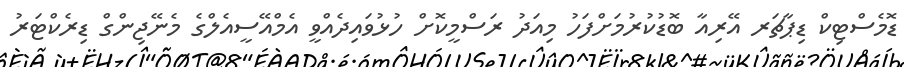
ޑޮމެސްޓިކް ޑިޕާޗަރ އޭރިއާ ބޮޑުކުރުމަށްފަހު މިއަދު ރަސްމީކޮށް ހުޅުވައިދެއްވީ އެމްއޭސީއެލްގެ މެނޭޖިންގް ޑިރެކްޓަރު